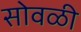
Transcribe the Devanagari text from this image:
सोवळी